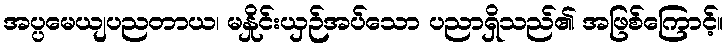
အပ္ပမေယျပညတာယ၊ မနှိုင်းယှဉ်အပ်သော ပညာရှိသည်၏ အဖြစ်ကြောင့်။